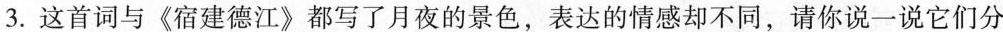
3.这首词与《宿建德江》都写了月夜的景色，表达的情感却不同，请你说一说它们分